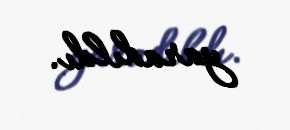
yaradıldı.